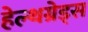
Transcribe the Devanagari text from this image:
हेल्थग्रेड्स